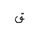
Letter: _qaf